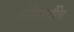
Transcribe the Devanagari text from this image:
मेनिन्जाईटिस